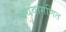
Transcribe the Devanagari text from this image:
अथवागणित